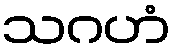
သဂဟံ